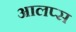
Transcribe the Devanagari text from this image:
आलप्स